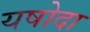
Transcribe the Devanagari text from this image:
यषोदा